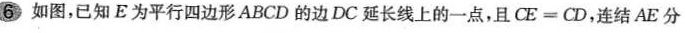
6如图，已知E为平行四边形ABCD的边DC延长线上的一点，且$$C E = C D$$，连结AE分